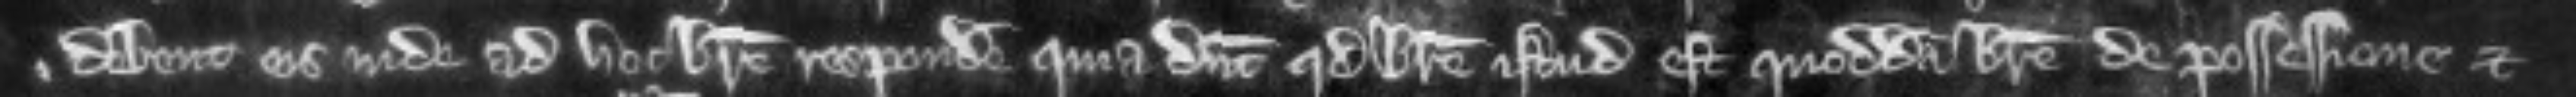
debent eis inde ad hoc breve respondere quia dicunt quod breve istud est quoddam breve de possessione et